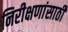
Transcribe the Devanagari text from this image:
निरीक्षणांसाठी